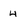
Character: 4